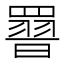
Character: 𮊕